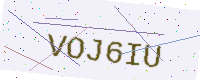
Text: VOJ6IU